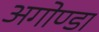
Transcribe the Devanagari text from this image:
अगोण्डा